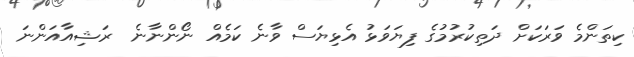
ކިތަންމެ ވަރަަކަށް ދަތިކުރުމުގެ ފިޔަވަޅު އެޅިޔަސް ވާނެ ކަމެއް ނޯންނާނެ  ރަޝިއާއަންނަ